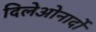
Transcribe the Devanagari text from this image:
दिलेओनार्दो